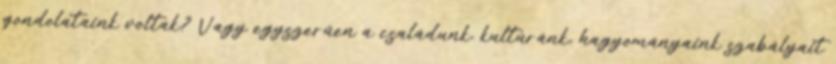
gondolataink voltak? Vagy egyszerűen a családunk, kultúránk, hagyományaink szabályait